Civil Veterinary Department Bengal reports 1923-33 - 1923-1933
Year: 1923
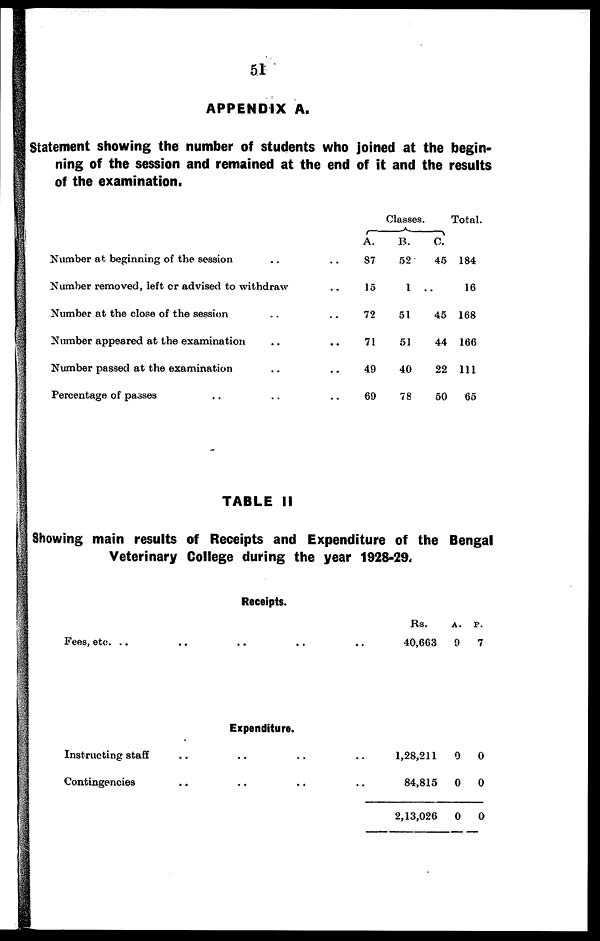
51
APPENDIX A.
Statement showing the number of students who joined at the begin-
ning of the session and remained at the end of it and the results
of the examination.
Number at beginning of the session .. ..
Number removed, left or advised to withdraw ..
Number at the close of the session .. ...
Number appeared at the examination .. ..
Number passed at the examination .. ..
Percentage of passes .. .. ..
Classes.
A.
S7
15
72
71
40
69
B.
52
1
51
51
40
78
C.
45
..
45
44
22
50
Total.
184
16
168
166
111
65
TABLE II
Showing main results of Receipts and Expenditure of the Bengal
Veterinary College during the year 1928-29.
Receipts.
Fees, etc. ..
..
..
.. ..
Rs.
40,663
A.
0
P.
7
Expenditure.
Instructing staff .. ..
Contingencies .. ..
.. ..
.. ..
1,28,211
84,815
2,13,026
0
0
0
0
0
0